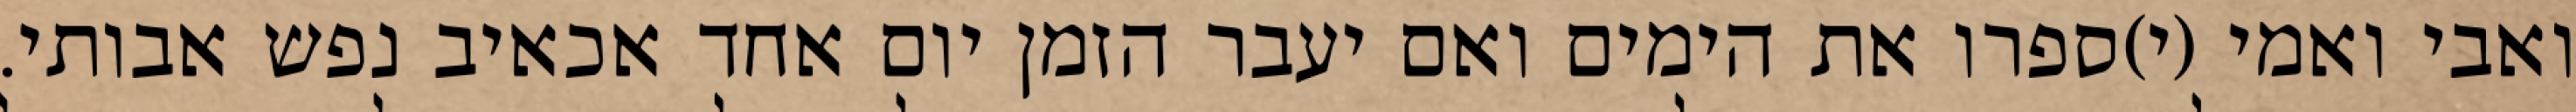
ואבי ואמי (י)ספרו את הימים ואם יעבר הזמן יום אחד אכאיב נפש אבותי.